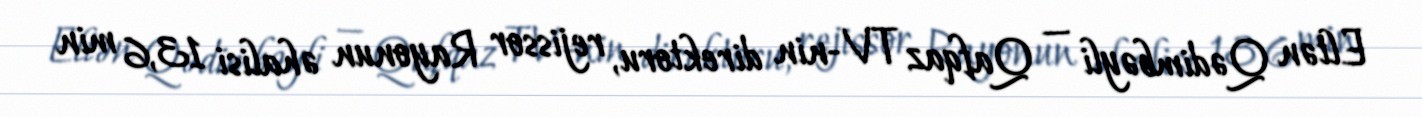
Eltən Qədimbəyli — Qafqaz TV-nin direktoru, rejissor Rayonun əhalisi 13,6 min